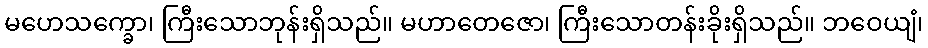
မဟေသက္ခော၊ ကြီးသောဘုန်းရှိသည်။ မဟာတေဇော၊ ကြီးသောတန်းခိုးရှိသည်။ ဘဝေယျံ၊